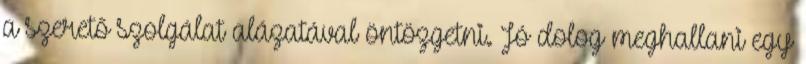
a szerető szolgálat alázatával öntözgetni. Jó dolog meghallani egy